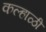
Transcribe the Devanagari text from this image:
कल्हाळी